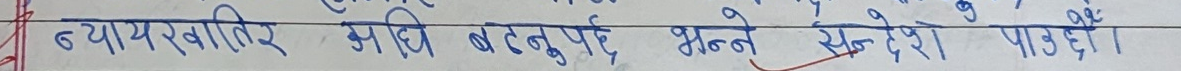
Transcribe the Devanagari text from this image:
न्यायखरिर अघि बढनु पर्ने भन्ने सन्देश पाउँदै ।